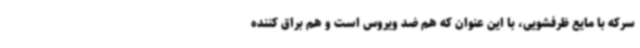
سرکه با مایع ظرفشویی، با این عنوان که هم ضد ویروس است و هم براق کننده